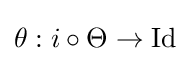
\theta :i\circ \Theta \to \operatorname {Id}